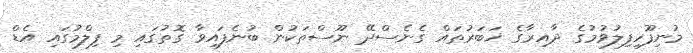
މުނިފޫހިފިލުވުމުގެ ދާއިރާގެ ޚަބަރުތައް ގެނެސްދޭ ނޫސްތަކުން ބުނެފައިވާ ގޮތުގައި މި ފިލްމުގައި އެޑް